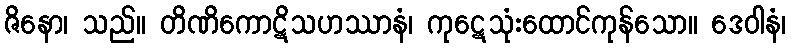
ဇိနော၊ သည်။ တိဏိကောဋိသဟဿာနံ၊ ကုဋေသုံးထောင်ကုန်သော။ ဒေဝါနံ၊